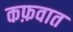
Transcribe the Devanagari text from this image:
कफ़वात